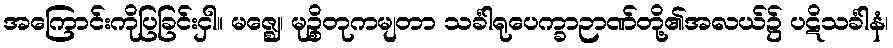
အကြောင်းကိုပြခြင်းငှါ။ မဇ္ဈေ၊ မုဉ္စိတုကမျတာ သင်္ခါရုပေက္ခာဉာဏ်တို့၏အလယ်၌ ပဋိသင်္ခါနံ၊